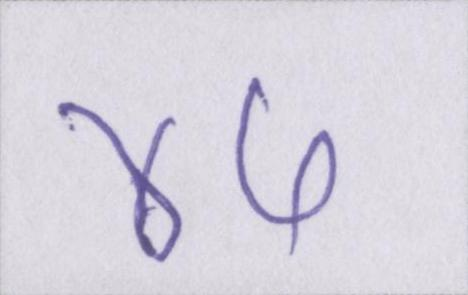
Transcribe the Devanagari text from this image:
४५